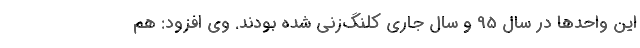
این واحدها در سال 95 و سال جاری کلنگ‌‌زنی شده بودند. وی افزود: هم